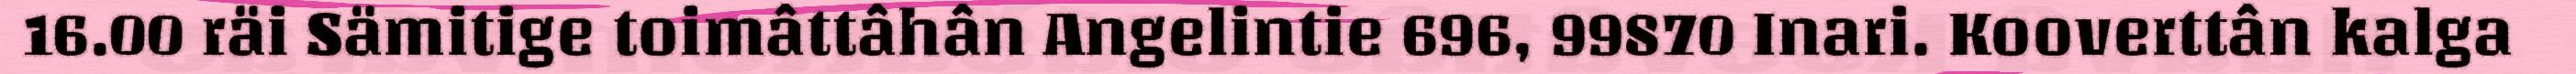
16.00 räi Sämitige toimâttâhân Angelintie 696, 99870 Inari. Kooverttân kalga